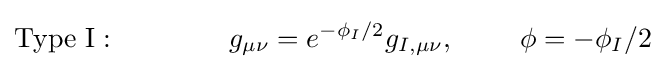
{\text{Type I}}:\ \ \ \ \ \ \ \ \ \ \ \ g_{\mu \nu }=e^{-\phi _{I}/2}g_{I,\mu \nu },\ \ \ \ \ \ \ \phi =-\phi _{I}/2